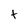
Character: t